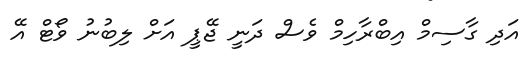
އަދި ގާސިމް އިބްރާހިމް ވެސް ދަނީ ޖޭޕީ އަށް ލިބުނު ވޯޓް އޭ